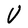
Character: U